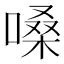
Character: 嗓